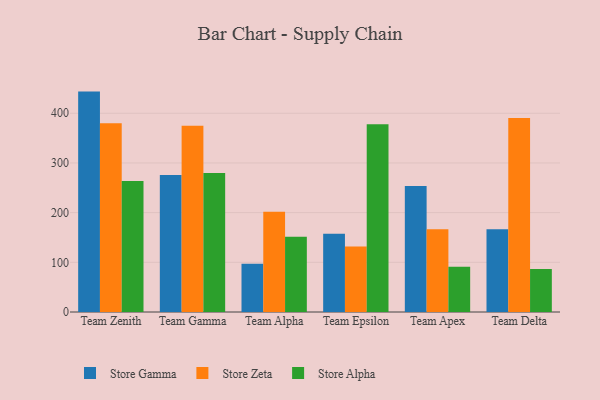
{"axis": {"x": "Team", "y": "Conversion Rate (%)"}, "legend": ["Store Alpha", "Store Gamma", "Store Zeta"], "data": [{"x": "Team Zenith", "y": 443.6, "type": "Store Gamma"}, {"x": "Team Zenith", "y": 379.8, "type": "Store Zeta"}, {"x": "Team Zenith", "y": 263.7, "type": "Store Alpha"}, {"x": "Team Gamma", "y": 275.7, "type": "Store Gamma"}, {"x": "Team Gamma", "y": 374.7, "type": "Store Zeta"}, {"x": "Team Gamma", "y": 279.8, "type": "Store Alpha"}, {"x": "Team Alpha", "y": 97.2, "type": "Store Gamma"}, {"x": "Team Alpha", "y": 201.6, "type": "Store Zeta"}, {"x": "Team Alpha", "y": 151.7, "type": "Store Alpha"}, {"x": "Team Epsilon", "y": 157.3, "type": "Store Gamma"}, {"x": "Team Epsilon", "y": 131.6, "type": "Store Zeta"}, {"x": "Team Epsilon", "y": 378.0, "type": "Store Alpha"}, {"x": "Team Apex", "y": 253.7, "type": "Store Gamma"}, {"x": "Team Apex", "y": 166.3, "type": "Store Zeta"}, {"x": "Team Apex", "y": 90.9, "type": "Store Alpha"}, {"x": "Team Delta", "y": 166.8, "type": "Store Gamma"}, {"x": "Team Delta", "y": 390.7, "type": "Store Zeta"}, {"x": "Team Delta", "y": 86.4, "type": "Store Alpha"}]}